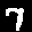
Label: 7